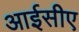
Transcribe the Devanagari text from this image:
आईसीए